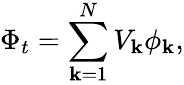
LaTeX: \Phi_{t}=\sum_{\mathbf{k}=1}^{N}V_{\mathbf{k}}\phi_{\mathbf{k}},